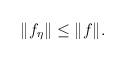
LaTeX: \begin{align*} \|f_\eta\| \le \|f\|. \end{align*}